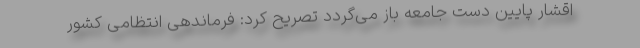
اقشار پایین دست جامعه باز می‌گردد تصریح کرد: فرماندهی انتظامی کشور